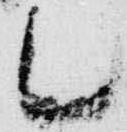
乙